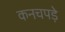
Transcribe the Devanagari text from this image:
कनचपड़े